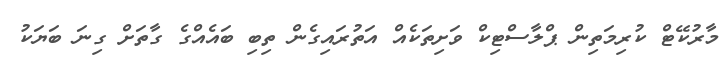
މާރުކޭޓް ކުރިމަތިން ޕްލާސްޓިކް ވަށިތަކެއް އަތުރައިގެން ތިބި ބައެއްގެ ގާތަށް ގިނަ ބަޔަކު